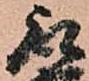
取